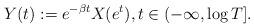
LaTeX: \begin{align*}Y(t):=e^{-\beta t} X(e^t), t \in ( -\infty, \log T].\end{align*}